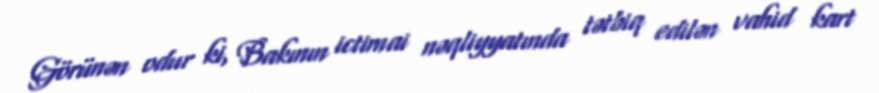
Görünən odur ki, Bakının ictimai nəqliyyatında tətbiq edilən vahid kart